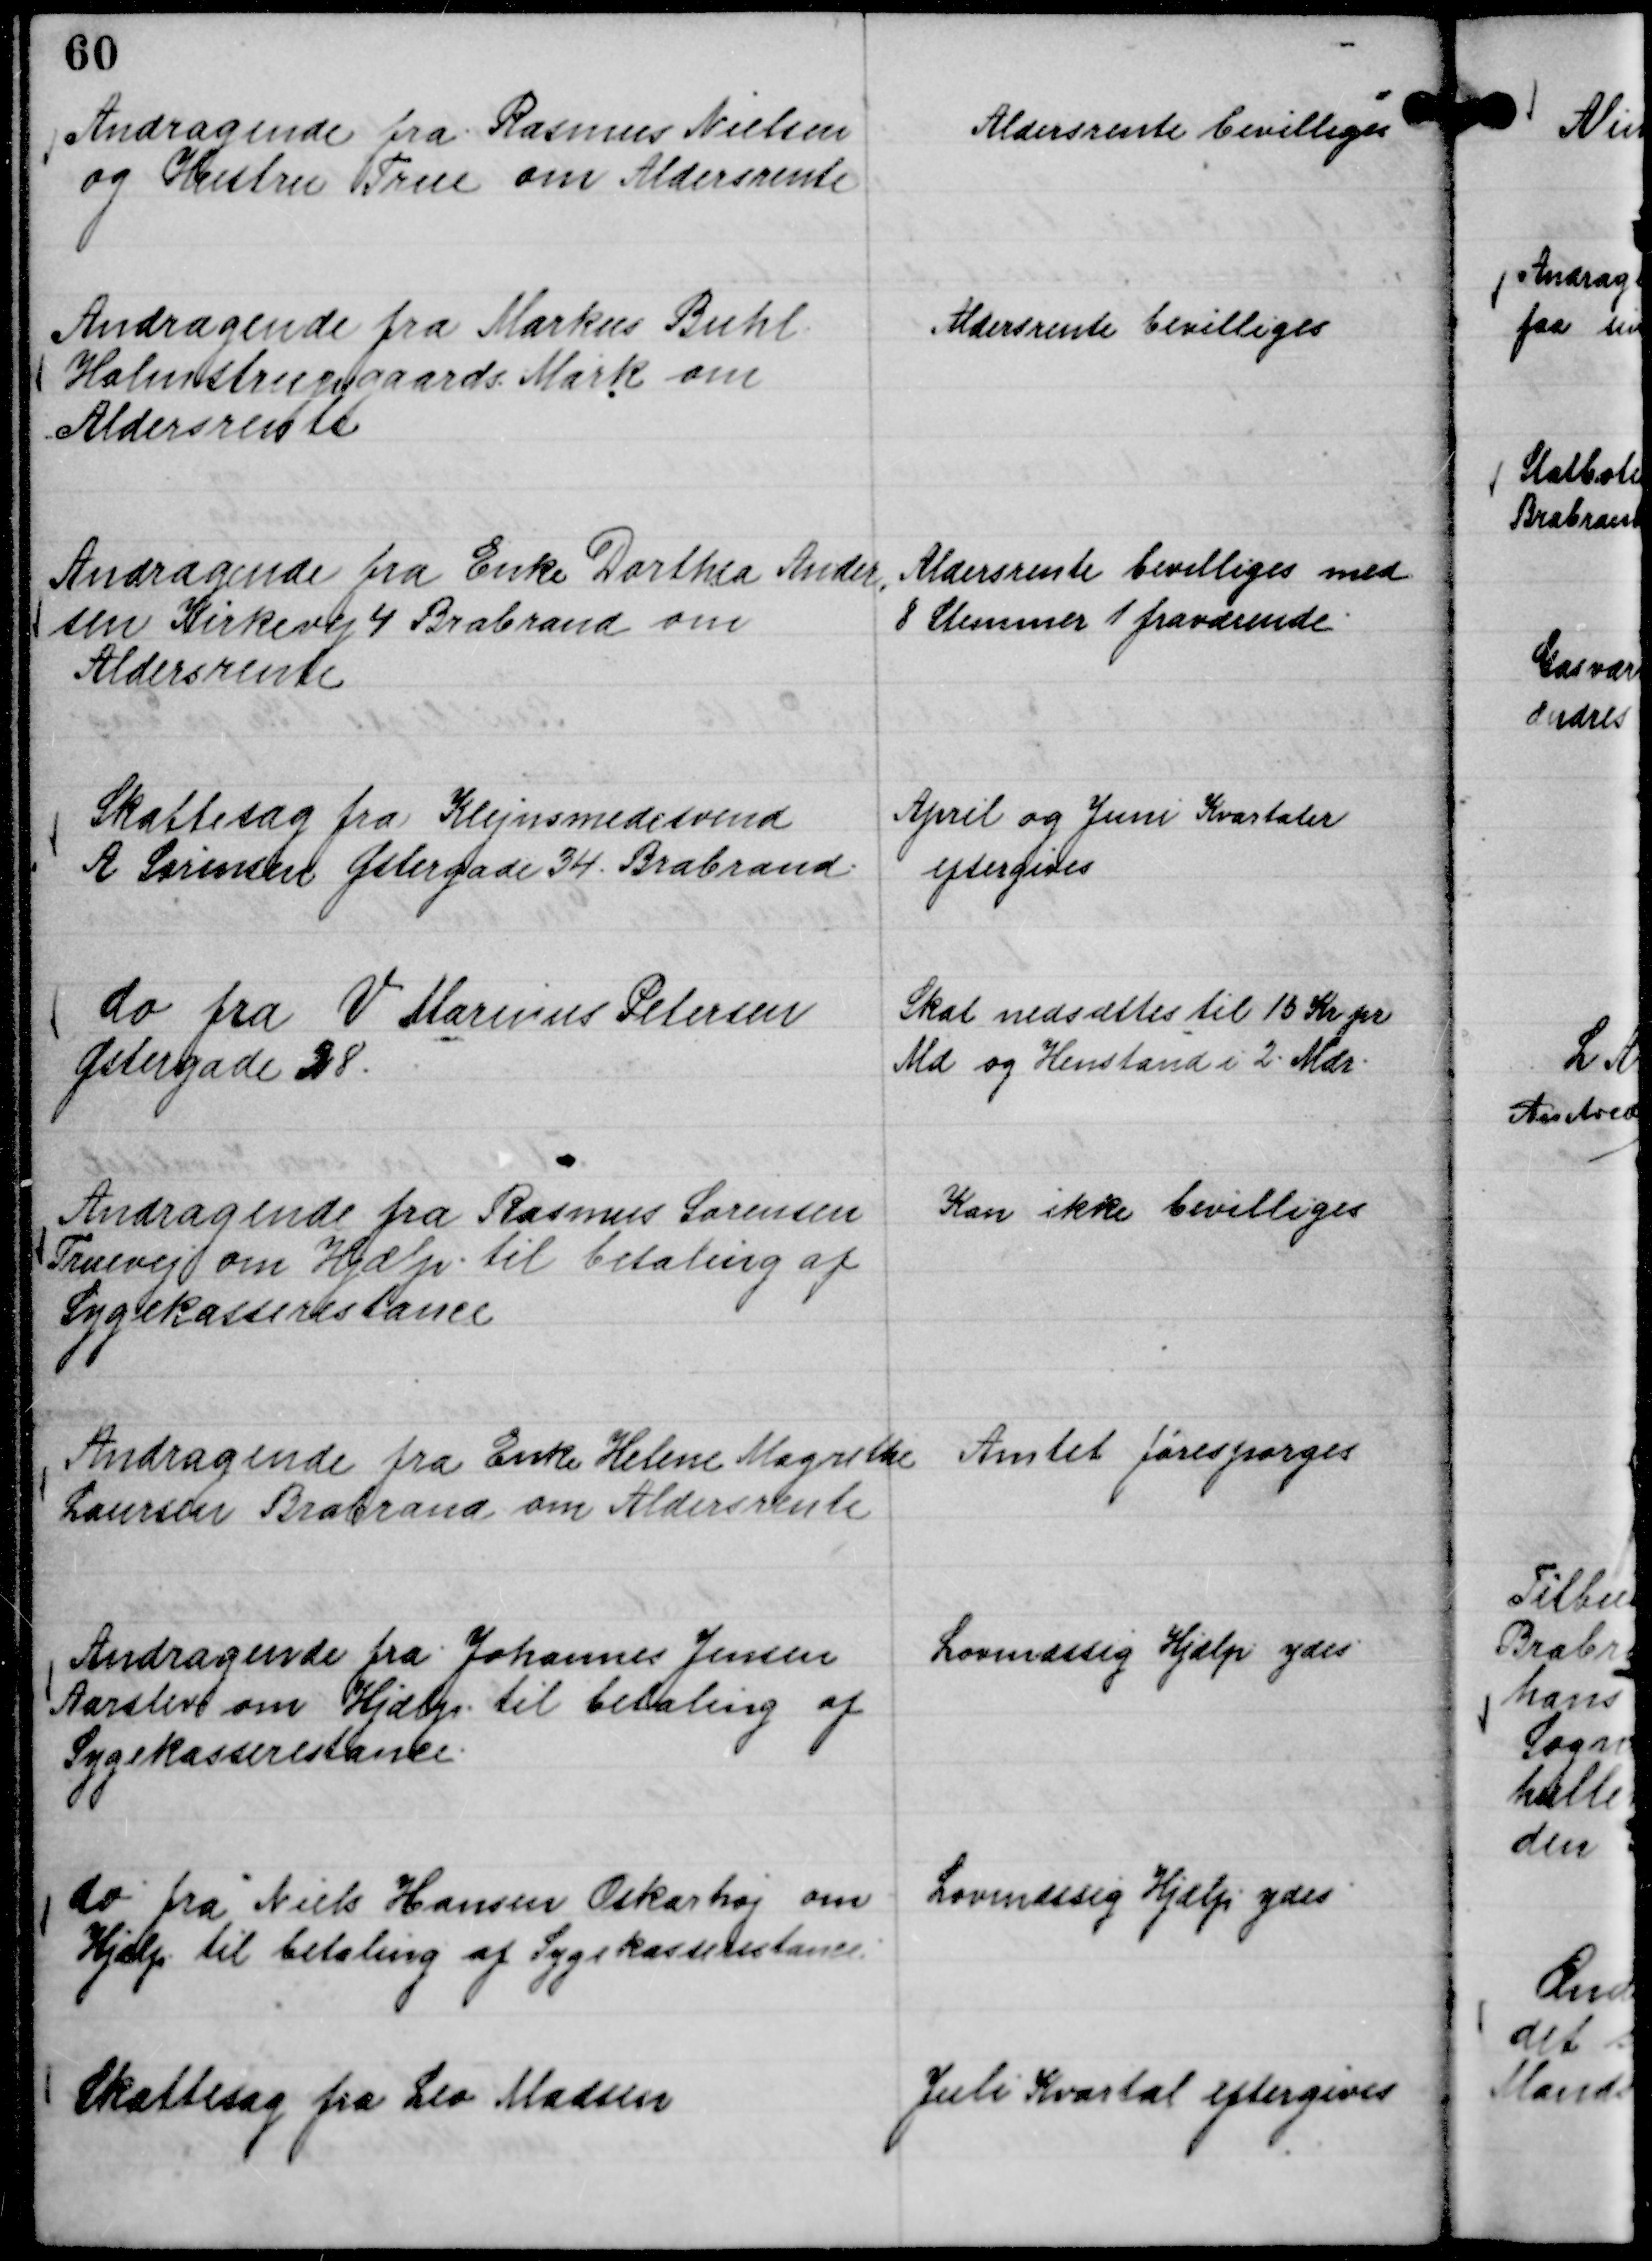
Transskription:
Andragende fra Rasmus Nielsen
og Hustru True om Aldersrente

Aldersrente bevilliges

Andragende fra Markus Buhl
Holmstrupgaards Mark om
Aldersrente

Aldersrente bevilliges

Andragende fra Enke Dorthea Ander,,
sen Kirkevej 4 Brabrand om
Aldersrente

Aldersrente bevilliges med
8 Stemmer 1 fraværende.

Skattesag fra Klejnsmedesvend
A Sørensen Østergade 34. Brabrand.

April og Juni Kvartaler
eftergives

do fra V Marinus Petersen
Østergade 28.

Skat nedsættes til 15 Kr pr
Md og Henstand i 2 Mdr.

Andragende fra Rasmus Sørensen
Truevej om Hjælp . til betaling af
Sygekasserestance

Kan ikke bevilliges

Andragende fra Enke Helene Margrethe
Laursen Brabrand om Aldersrente

Amtet forespørges

Andragende fra Johannes Jensen
Aarslev om Hjælp til betaling af
Sygekasserestance.

Lovmæssig Hjælp ydes

do fra Niels Hansen Oskarhøj om
Hjælp til betaling af Sygekasserestance

Lovmæssig Hjælp ydes

Skattesag fra Leo Madsen

Juli Kvartal eftergives